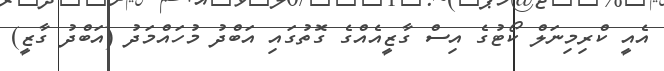
އެއީ ކްރިމިނަލް ކޯޓުގެ އިސް ގާޒީއެއްގެ ގޮތުގައި އަބްދު މުހައްމަދު (އަބްދު ގާޒީ)